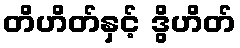
တိဟိတ်နှင့် ဒွိဟိတ်